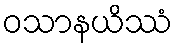
ဝသာနယိဿံ